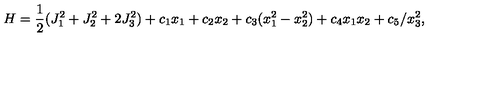
H = \frac { 1 } { 2 } ( J _ { 1 } ^ { 2 } + J _ { 2 } ^ { 2 } + 2 J _ { 3 } ^ { 2 } ) + c _ { 1 } x _ { 1 } + c _ { 2 } x _ { 2 } + c _ { 3 } ( x _ { 1 } ^ { 2 } - x _ { 2 } ^ { 2 } ) + c _ { 4 } x _ { 1 } x _ { 2 } + c _ { 5 } / x _ { 3 } ^ { 2 } ,